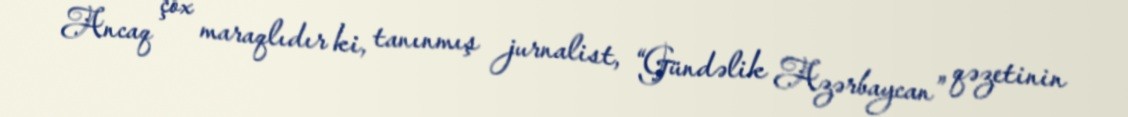
Ancaq çox maraqlıdır ki, tanınmış jurnalist, “Gündəlik Azərbaycan” qəzetinin